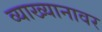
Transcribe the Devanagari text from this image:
व्याख्यानावर